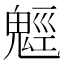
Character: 𩳍